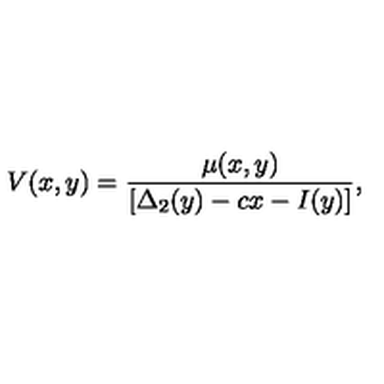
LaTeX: V ( x , y ) = \frac { \mu ( x , y ) } { [ \Delta _ { 2 } ( y ) - c x - I ( y ) ] } ,